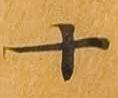
十